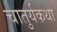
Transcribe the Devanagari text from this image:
चातुर्यकथा